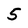
Character: 5